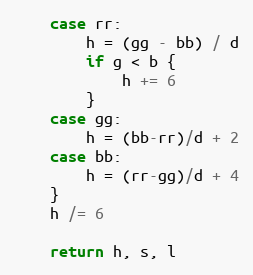
Language: Go
	case rr:
		h = (gg - bb) / d
		if g < b {
			h += 6
		}
	case gg:
		h = (bb-rr)/d + 2
	case bb:
		h = (rr-gg)/d + 4
	}
	h /= 6

	return h, s, l